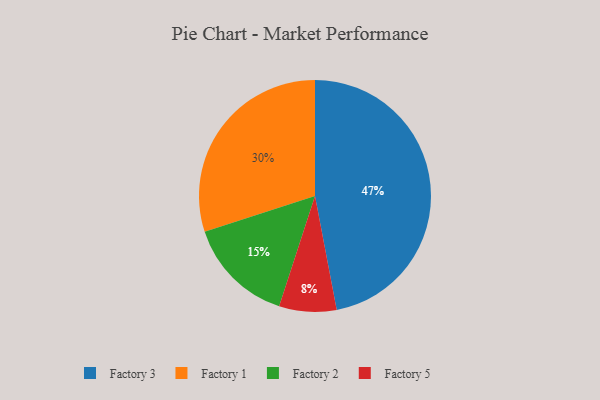
{"axis": {"x": "Category", "y": "Percentage"}, "legend": ["Factory 1", "Factory 2", "Factory 3", "Factory 5"], "data": [{"x": "Factory 1", "y": 30, "type": "Factory 1"}, {"x": "Factory 3", "y": 47, "type": "Factory 3"}, {"x": "Factory 2", "y": 15, "type": "Factory 2"}, {"x": "Factory 5", "y": 8, "type": "Factory 5"}]}